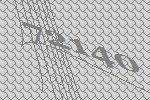
72140